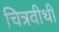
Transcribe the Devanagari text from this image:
चित्रवीथी